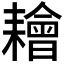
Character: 𦔦